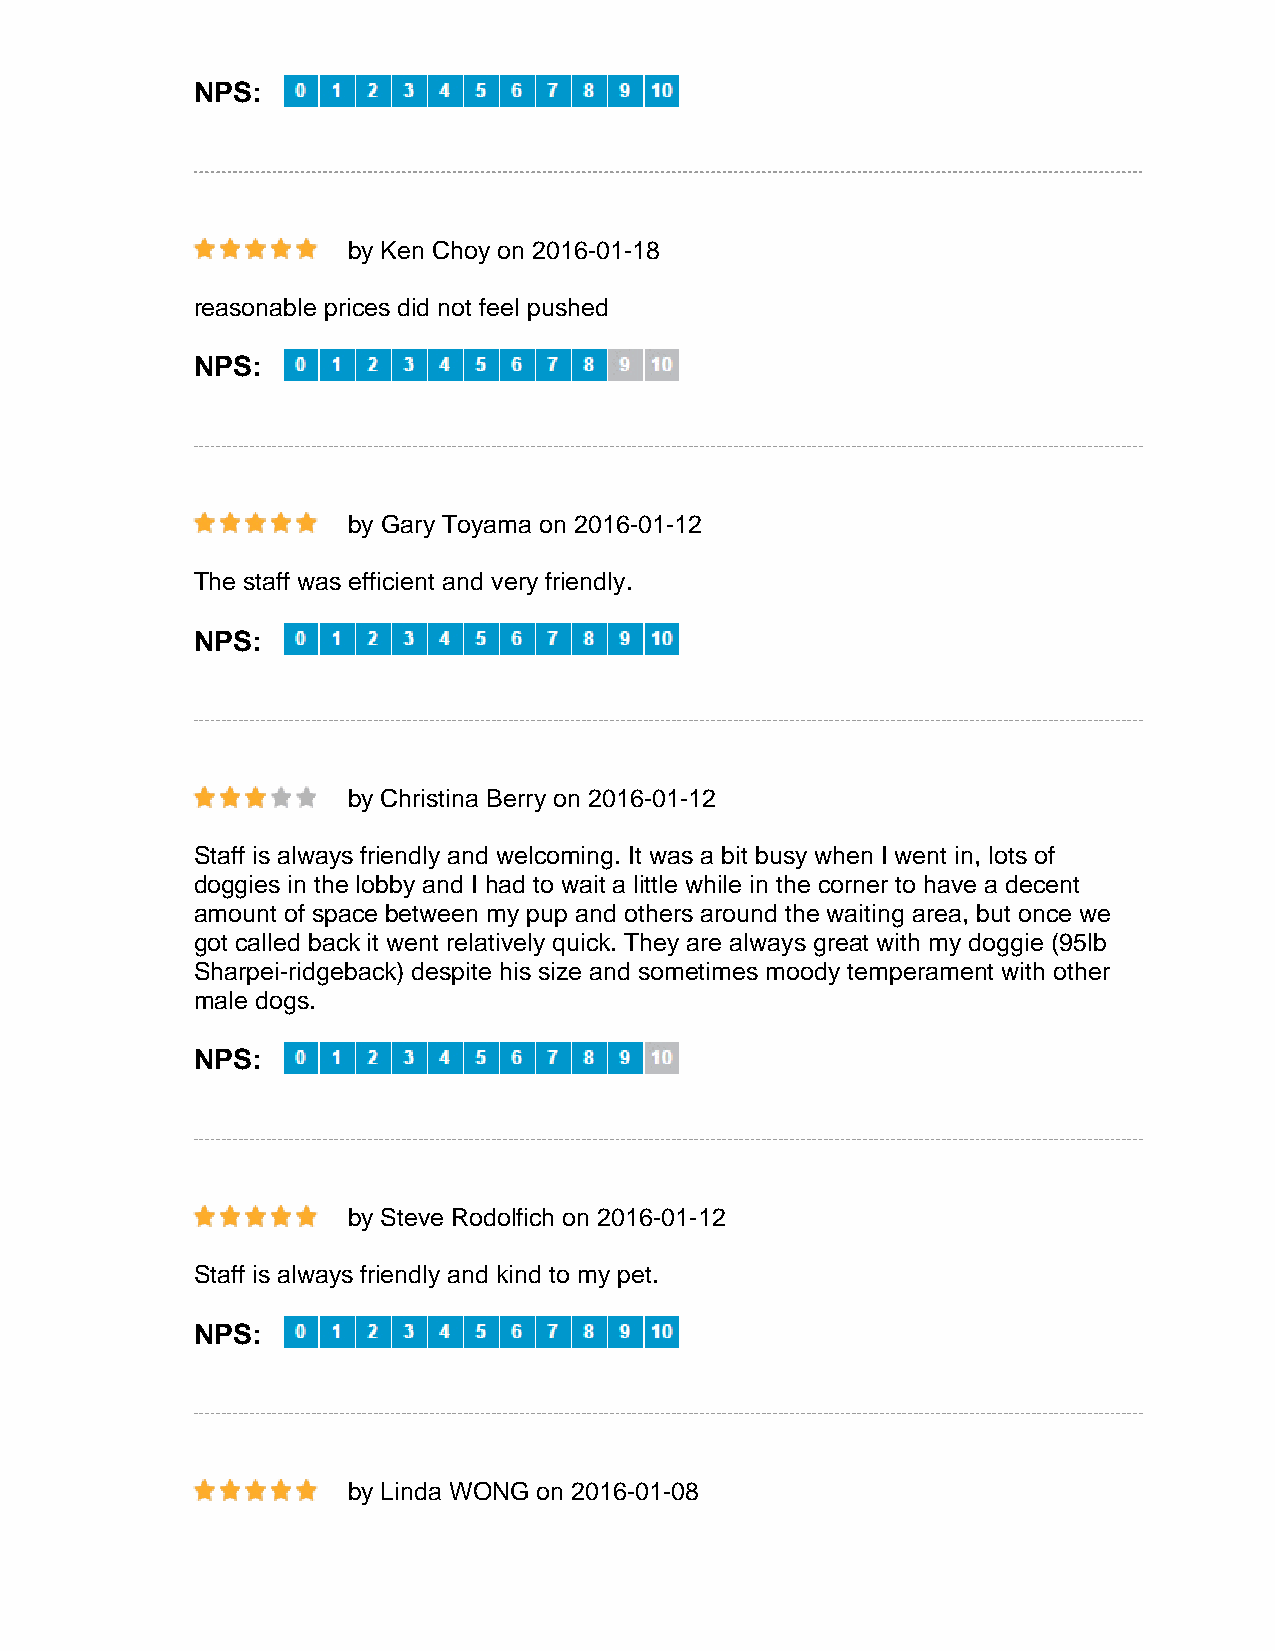
NPS:
 by Ken Choy on 2016-01-18
 reasonable prices did not feel pushed
 NPS:
 by Gary Toyama on 2016-01-12
 The staff was efficient and very friendly.
 NPS:
 by Christina Berry on 2016-01-12
 Staff is always friendly and welcoming. It was a bit busy when I went in, lots of
 doggies in the lobby and I had to wait a little while in the corner to have a decent
 amount of space between my pup and others around the waiting area, but once we
 got called back it went relatively quick. They are always great with my doggie (95lb
 Sharpei-ridgeback) despite his size and sometimes moody temperament with other
 male dogs.
 NPS:
 by Steve Rodolfich on 2016-01-12
 Staff is always friendly and kind to my pet.
 NPS:
 by Linda WONG on 2016-01-08